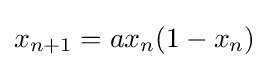
{\displaystyle x_{n+1}=ax_{n}(1-x_{n})}